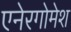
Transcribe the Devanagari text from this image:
एनेरगोमेश